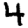
Digit: 4